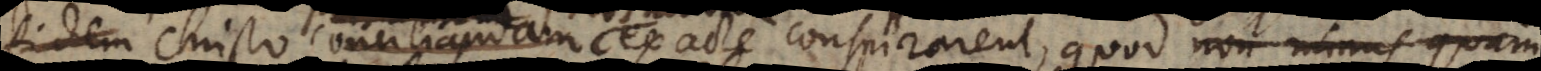
Christo praestandam exacte conspirarent, quod non minus quam